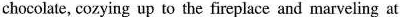
chocolate, cozying up to the fireplacc and marveling at